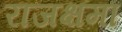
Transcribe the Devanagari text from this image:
राजक्षमा